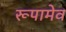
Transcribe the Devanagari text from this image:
रूपामेव